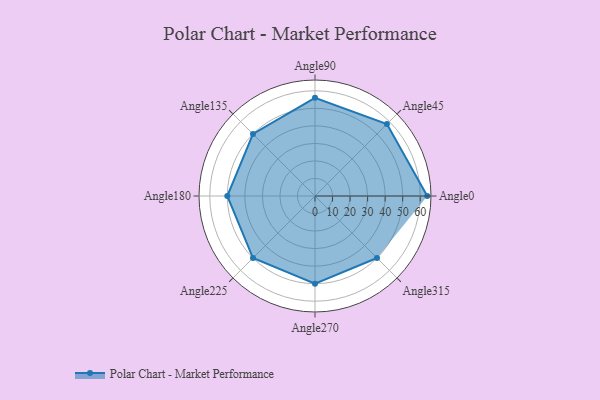
{"axis": {"x": "Angle", "y": "Radius"}, "legend": [""], "data": [{"x": "Angle0", "y": 64.0, "type": ""}, {"x": "Angle45", "y": 58.0, "type": ""}, {"x": "Angle90", "y": 56.0, "type": ""}, {"x": "Angle135", "y": 50, "type": ""}, {"x": "Angle180", "y": 50, "type": ""}, {"x": "Angle225", "y": 50.0, "type": ""}, {"x": "Angle270", "y": 50, "type": ""}, {"x": "Angle315", "y": 50, "type": ""}]}